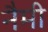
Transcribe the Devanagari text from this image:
नैमी